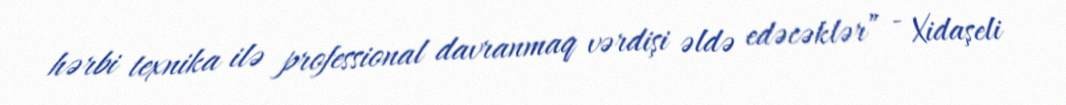
hərbi texnika ilə professional davranmaq vərdişi əldə edəcəklər” - Xidaşeli